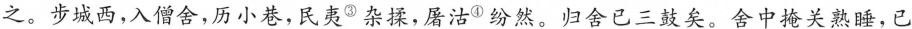
之。步城西，入僧舍，历小巷，民夷^{③}杂揉，屠沽^{④}纷然。归舍已三鼓矣。舍中掩关熟睡，已